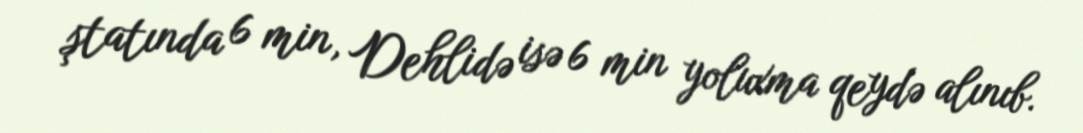
ştatında 6 min, Dehlidə isə 6 min yoluxma qeydə alınıb.